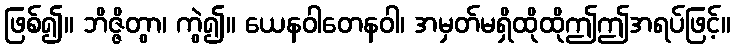
ဖြစ်၍။ ဘိဇ္ဇိတွာ၊ ကွဲ၍။ ယေနဝါတေနဝါ၊ အမှတ်မရှိထိုထိုဤဤအရပ်ဖြင့်။